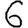
Digit: 6